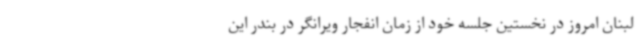
لبنان امروز در نخستین جلسه خود از زمان انفجار ویرانگر در بندر این